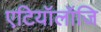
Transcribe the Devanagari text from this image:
एटियॉलॉजि